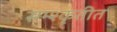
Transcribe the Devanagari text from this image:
सम्श्कृतीत